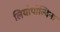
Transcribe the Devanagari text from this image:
लियोपोल्दिना